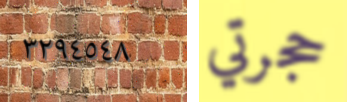
٣٢٩٤٥٤٨ حجرتي